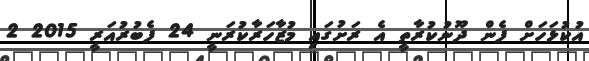
އުކުޅަހަށް ފެން ދޫނުކުރާތީ އެ ރަށުގައި މުޒާހަރާކުރަނީ 24 ފެބުރުއަރީ 2015 2